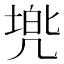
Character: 𫥢